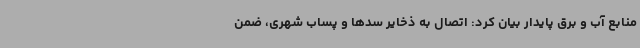
منابع آب و برق پایدار بیان کرد: اتصال به ذخایر سدها و پساب شهری، ضمن